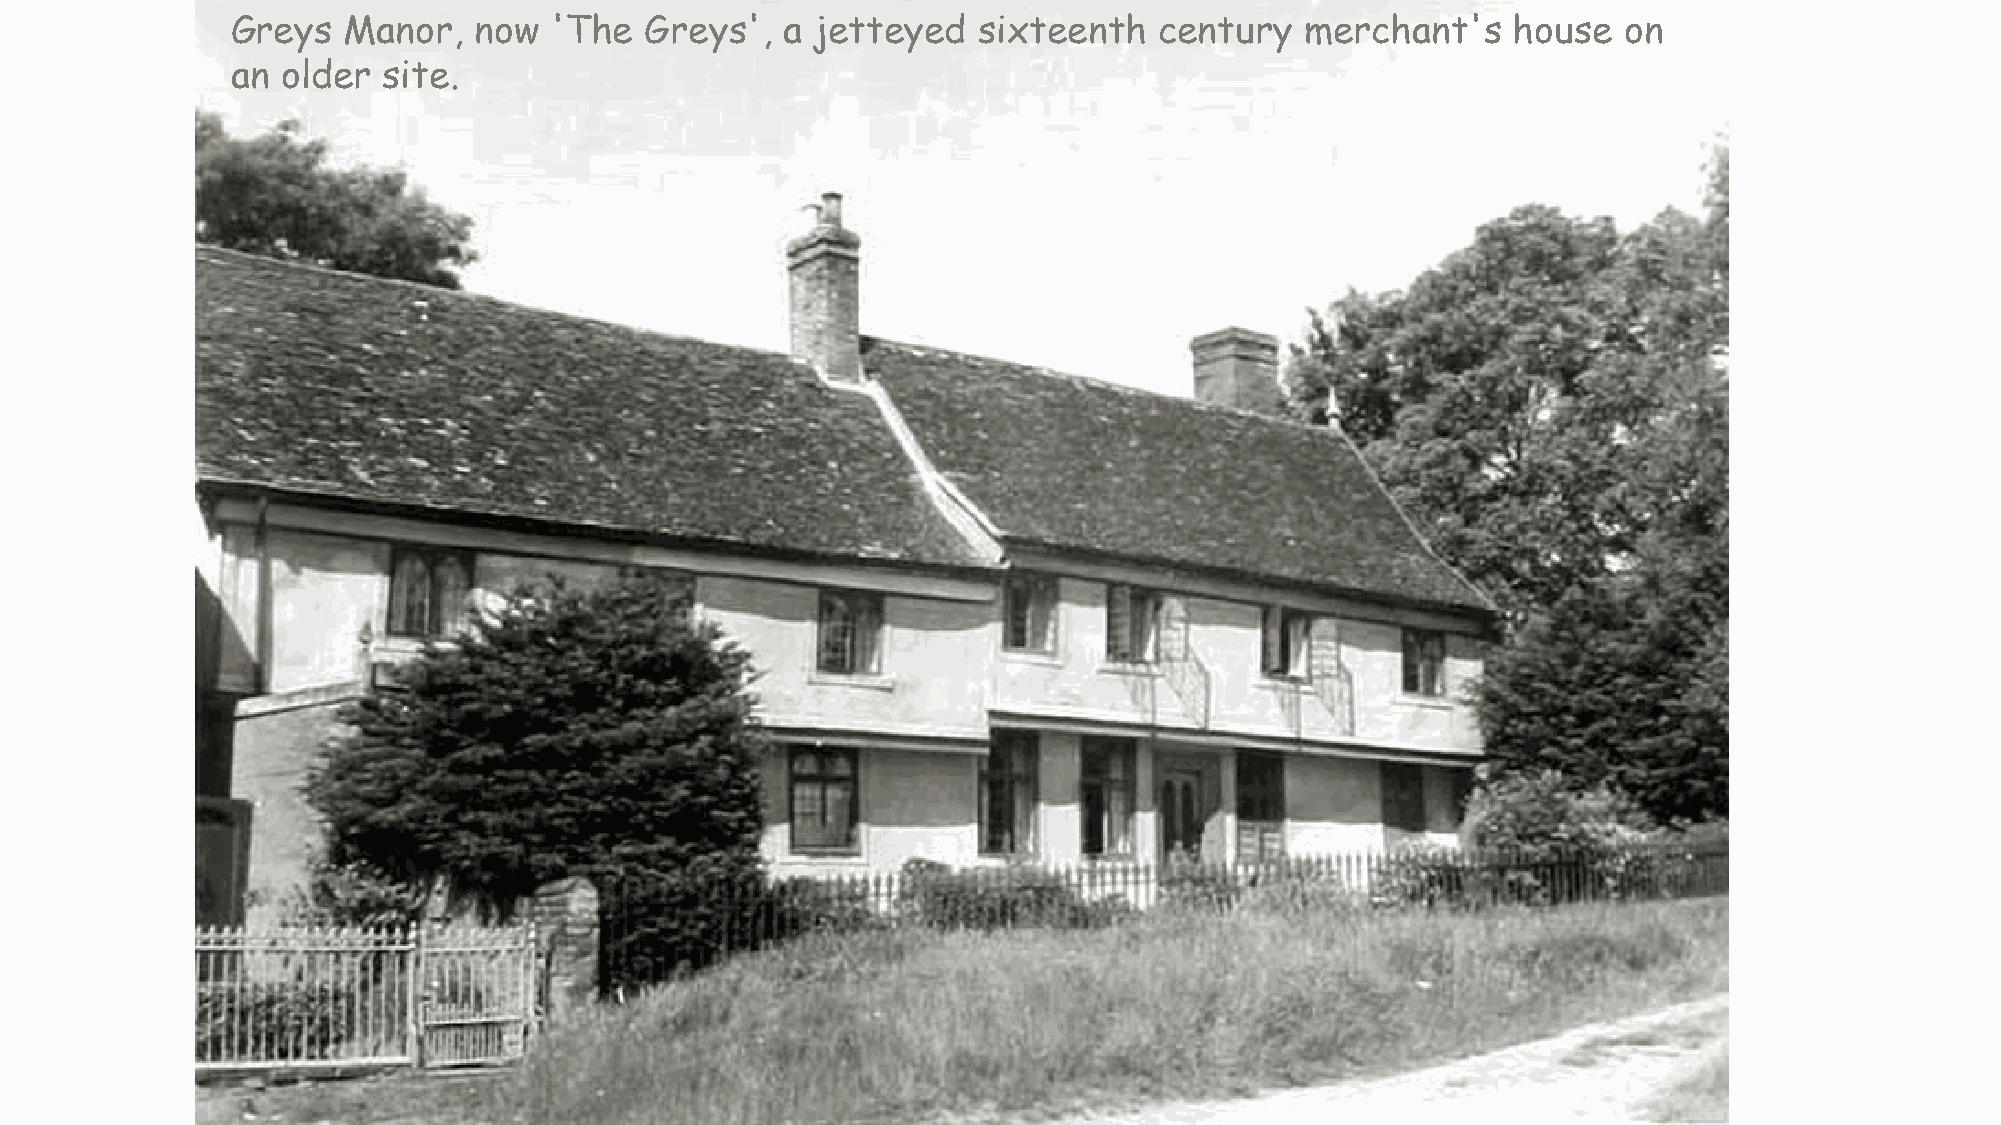
Greys   Manor,  now   'The  Greys',  a jetteyed   sixteenth   century  merchant's    house  on
 an  older site.